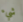
شيء